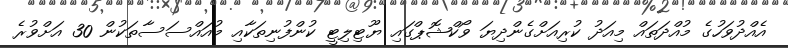
އެއްދުވަހުގެ މުއްދަތައް މިއަދު ކުރިއަށްގެންދިޔަ ވޯކްޝޮޕްގައި ޔޫޓިލިޓީ ކުންފުނިތަކާއި މުއައްސަސާތަކުން 30 އަށްވުރެ